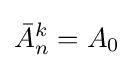
{\bar {A}}_{n}^{k}=A_{0}